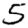
Digit: 5